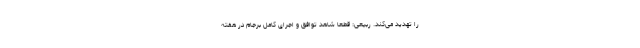
را تهدید می‌کند. ربیعی: قطعا شاهد توافق و اجرای کامل برجام در هفته